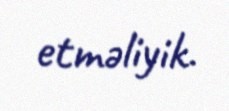
etməliyik.